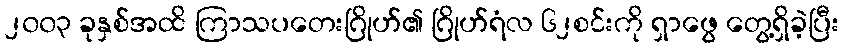
၂၀၀၃ ခုနှစ်အထိ ကြာသပတေးဂြိုဟ်၏ ဂြိုဟ်ရံလ ၆၂စင်းကို ရှာဖွေ တွေ့ရှိခဲ့ပြီး